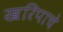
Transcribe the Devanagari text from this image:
खरिपाचे